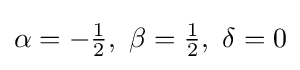
\alpha =-{\tfrac {1}{2}},\ \beta ={\tfrac {1}{2}},\ \delta =0